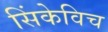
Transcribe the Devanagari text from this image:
सिंकेविच